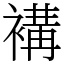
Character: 褠